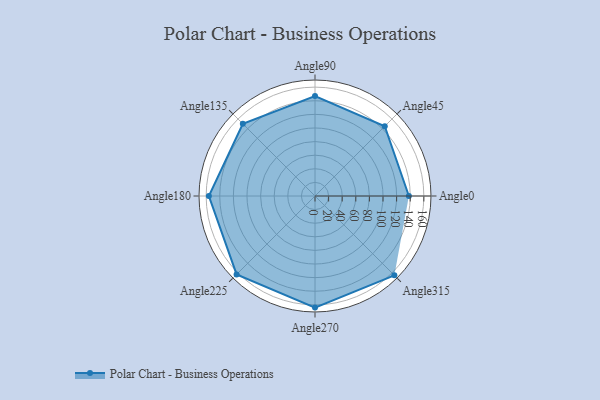
{"axis": {"x": "Angle", "y": "Radius"}, "legend": [""], "data": [{"x": "Angle0", "y": 138.0, "type": ""}, {"x": "Angle45", "y": 145.0, "type": ""}, {"x": "Angle90", "y": 147.0, "type": ""}, {"x": "Angle135", "y": 150.0, "type": ""}, {"x": "Angle180", "y": 156.0, "type": ""}, {"x": "Angle225", "y": 163.0, "type": ""}, {"x": "Angle270", "y": 164.0, "type": ""}, {"x": "Angle315", "y": 165.0, "type": ""}]}